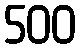
500